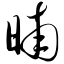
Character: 晡